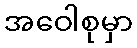
အဝေါစုမှာ